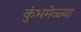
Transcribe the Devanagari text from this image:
कुंभमेळ्या